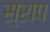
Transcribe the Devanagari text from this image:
स्राप